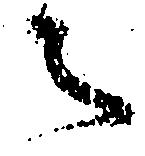
之